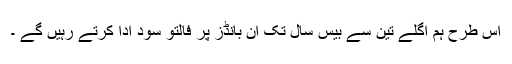
اس طرح ہم اگلے تین سے بیس سال تک ان بانڈز پر فالتو سود ادا کرتے رہیں گے ۔